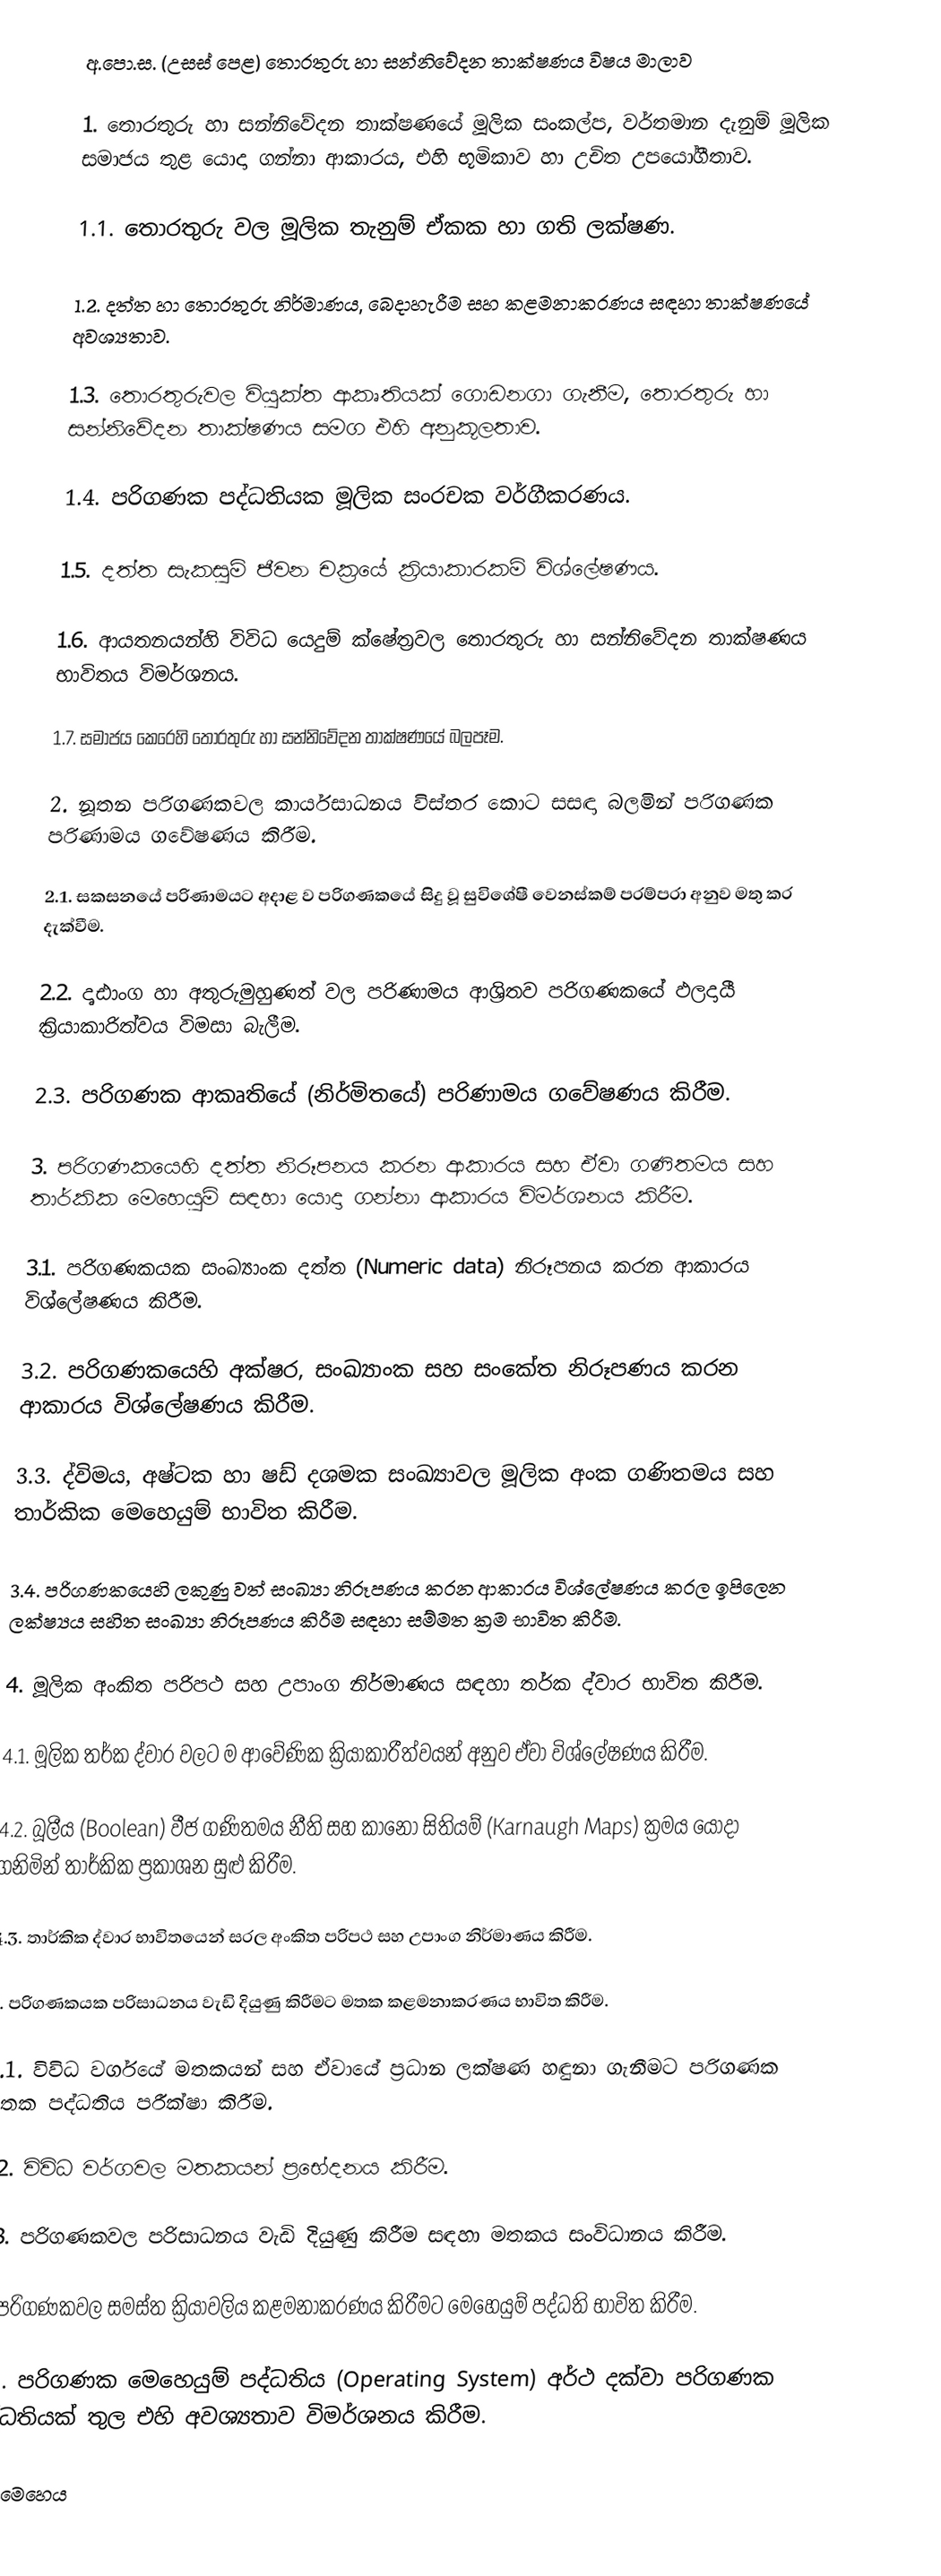
අ.පො.ස. (උසස් පෙළ) තොරතුරු හා සන්නිවේදන තාක්ෂණය විෂය මාලාව

1. තොරතුරු හා සන්නිවේදන තාක්ෂණයේ මූලික සංකල්ප, වර්තමාන දැනුම් මූලික සමාජය තුළ යොදා ගන්නා ආකාරය, එහි භූමිකාව හා උචිත උපයෝගීතාව.

     1.1. තොරතුරු වල මූලික තැනුම් ඒකක හා ගති ලක්ෂණ.

     1.2. දත්ත හා තොරතුරු නිර්මාණය, බෙදාහැරීම සහ කළමනාකරණය සඳහා තාක්ෂණයේ අවශ්‍යතාව.

     1.3. තොරතුරුවල වියුක්ත ආකෘතියක් ගොඩනගා ගැනීම, තොරතුරු හා සන්නිවේදන තාක්ෂණය සමග එහි අනුකූලතාව.

     1.4. පරිගණක පද්ධතියක මූලික සංරචක වර්ගීකරණය.

     1.5. දත්ත සැකසුම් ජීවන චක්‍රයේ ක්‍රියාකාරකම් විශ්ලේෂණය.

     1.6. ආයතනයන්හි විවිධ යෙදුම් ක්ෂේත්‍රවල තොරතුරු හා සන්නිවේදන තාක්ෂණය භාවිතය විමර්ශනය.

     1.7. සමාජය කෙරෙහි තොරතුරු හා සන්නිවේදන තාක්ෂණයේ බලපෑම.

2. නූතන පරිගණකවල කාර්යසාධනය විස්තර කොට සසඳා බලමින් පරිගණක පරිණාමය ගවේෂණය කිරීම.

     2.1. සකසනයේ පරිණාමයට අදාළ ව පරිගණකයේ සිදු වූ සුවිශේෂී වෙනස්කම් පරම්පරා අනුව මතු කර දැක්වීම.

     2.2. දෘඪාංග හා අතුරුමුහුණත් වල පරිණාමය ආශ්‍රිතව පරිගණකයේ ඵලදායී ක්‍රියාකාරිත්වය විමසා බැලීම.

     2.3. පරිගණක ආකෘතියේ (නිර්මිතයේ) පරිණාමය ගවේෂණය කිරීම.

3. පරිගණකයෙහි දත්ත නිරූපනය කරන ආකාරය සහ ඒවා ගණිතමය සහ තාර්කික මෙහෙයුම් සඳහා යොදා ගන්නා ආකාරය විමර්ශනය කිරීම.

     3.1. පරිගණකයක සංඛ්‍යාංක දත්ත (Numeric data) නිරූපනය කරන ආකාරය විශ්ලේෂණය කිරීම.

     3.2. පරිගණකයෙහි අක්ෂර, සංඛ්‍යාංක සහ සංකේත නිරූපණය කරන ආකාරය විශ්ලේෂණය කිරීම.

     3.3. ද්විමය, අෂ්ටක හා ෂඩ් දශමක සංඛ්‍යාවල මූලික අංක ගණිතමය සහ තාර්කික මෙහෙයුම් භාවිත කිරීම.

     3.4. පරිගණකයෙහි ලකුණු වත් සංඛ්‍යා නිරූපණය කරන ආකාරය විශ්ලේෂණය කරල ඉපිලෙන ලක්ෂ්‍යය සහිත සංඛ්‍යා නිරූපණය කිරීම සඳහා සම්මත ක්‍රම භාවිත කිරීම.

4. මූලික අංකිත පරිපථ සහ උපාංග නිර්මාණය සඳහා තර්ක ද්වාර භාවිත කිරීම.

     4.1. මූලික තර්ක ද්වාර වලට ම ආවේණික ක්‍රියාකාරීත්වයන් අනුව ඒවා විශ්ලේෂණය කිරීම.

     4.2. බූලීය (Boolean) වීජ ගණිතමය නීති සහ කානෝ සිතියම් (Karnaugh Maps) ක්‍රමය යොදා ගනිමින් තාර්කික ප්‍රකාශන සුළු කිරීම.

     4.3. තාර්කික ද්වාර භාවිතයෙන් සරල අංකිත පරිපථ සහ උපාංග නිර්මාණය කිරීම.

5. පරිගණකයක පරිසාධනය වැඩි දියුණු කිරීමට මතක කළමනාකරණය භාවිත කිරීම.

     5.1. විවිධ වර්ගයේ මතකයන් සහ ඒවායේ ප්‍රධාන ලක්ෂණ හඳුනා ගැනීමට පරිගණක මතක පද්ධතිය පරීක්ෂා කිරීම.

     5.2. විවිධ වර්ගවල මතකයන් ප්‍රභේදනය කිරීම.

     5.3. පරිගණකවල පරිසාධනය වැඩි දියුණු කිරීම සඳහා මතකය සංවිධානය කිරීම.

6. පරිගණකවල සමස්ත ක්‍රියාවලිය කළමනාකරණය කිරීමට මෙහෙයුම් පද්ධති භාවිත කිරීම.

     6.1. පරිගණක මෙහෙයුම් පද්ධතිය (Operating System) අර්ථ දක්වා පරිගණක පද්ධතියක් තුල එහි අවශ්‍යතාව විමර්ශනය කිරීම.

     6.2. මෙහෙය